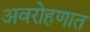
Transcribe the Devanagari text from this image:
अवरोहणात